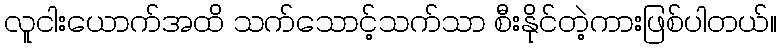
လူငါးယောက်အထိ သက်သောင့်သက်သာ စီးနိုင်တဲ့ကားဖြစ်ပါတယ်။